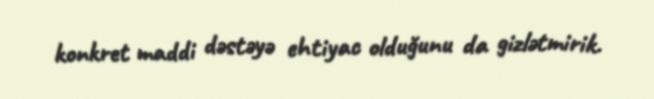
konkret maddi dəstəyə ehtiyac olduğunu da gizlətmirik.